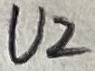
Text: U2